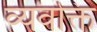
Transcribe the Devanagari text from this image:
व्यवक्ति